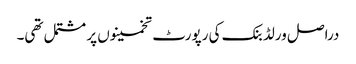
دراصل ورلڈ بنک کی رپورٹ تخمینوں پر مشتمل تھی۔